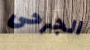
الجرحى